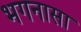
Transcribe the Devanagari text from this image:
भगनासा